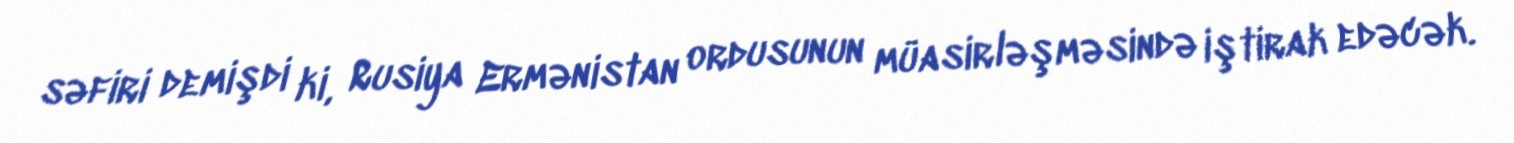
səfiri demişdi ki, Rusiya Ermənistan ordusunun müasirləşməsində iştirak edəcək.